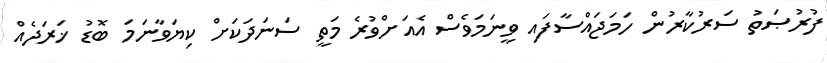
ފުރުޞަތު ސަރުކާރުން ހަމަޖައްސާފައި ވީނަމަވެސް އެއަށްވުރެ މަތީ ސަނަދަކަށް ކިޔަވާނަމަ ބޮޑު ޚަރަދެއް